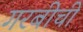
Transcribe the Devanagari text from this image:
गरबीची